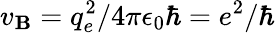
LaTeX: v_{\mathbf{B}}=q_{e}^{2}/4\pi\epsilon_{0}\hbar=e^{2}/\hbar